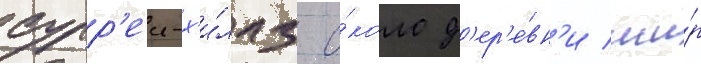
сурр'еи-х'и́ллз о́коло д'ер'е́вн'и ши́р